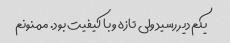
یکم دیر رسید ولی تازه و با کیفیت بود. ممنونم